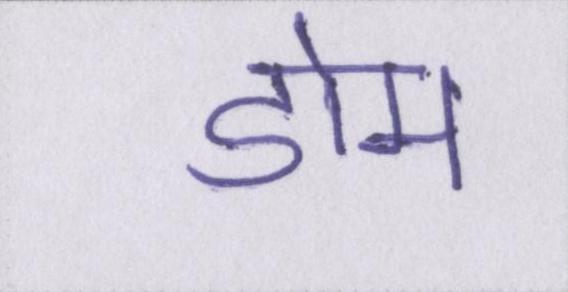
डोम